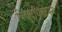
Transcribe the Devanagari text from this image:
विद्युदधिष्ठापन